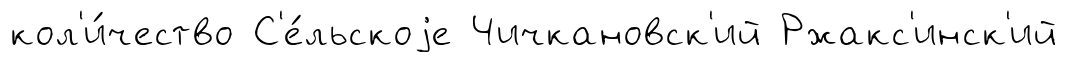
кол'и́чество С'е́льскоjе Чичкановск'ий Ржакс'инск'ий